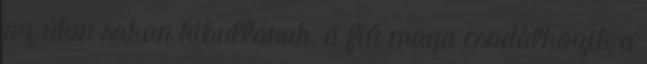
az úton sokan kihullanak, a fiú maga csodálkozik a